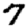
Digit: 7